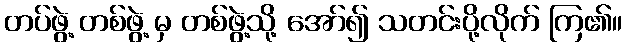
တပ်ဖွဲ့ တစ်ဖွဲ့ မှ တစ်ဖွဲ့သို့ အော်၍ သတင်းပို့လိုက် ကြ၏။